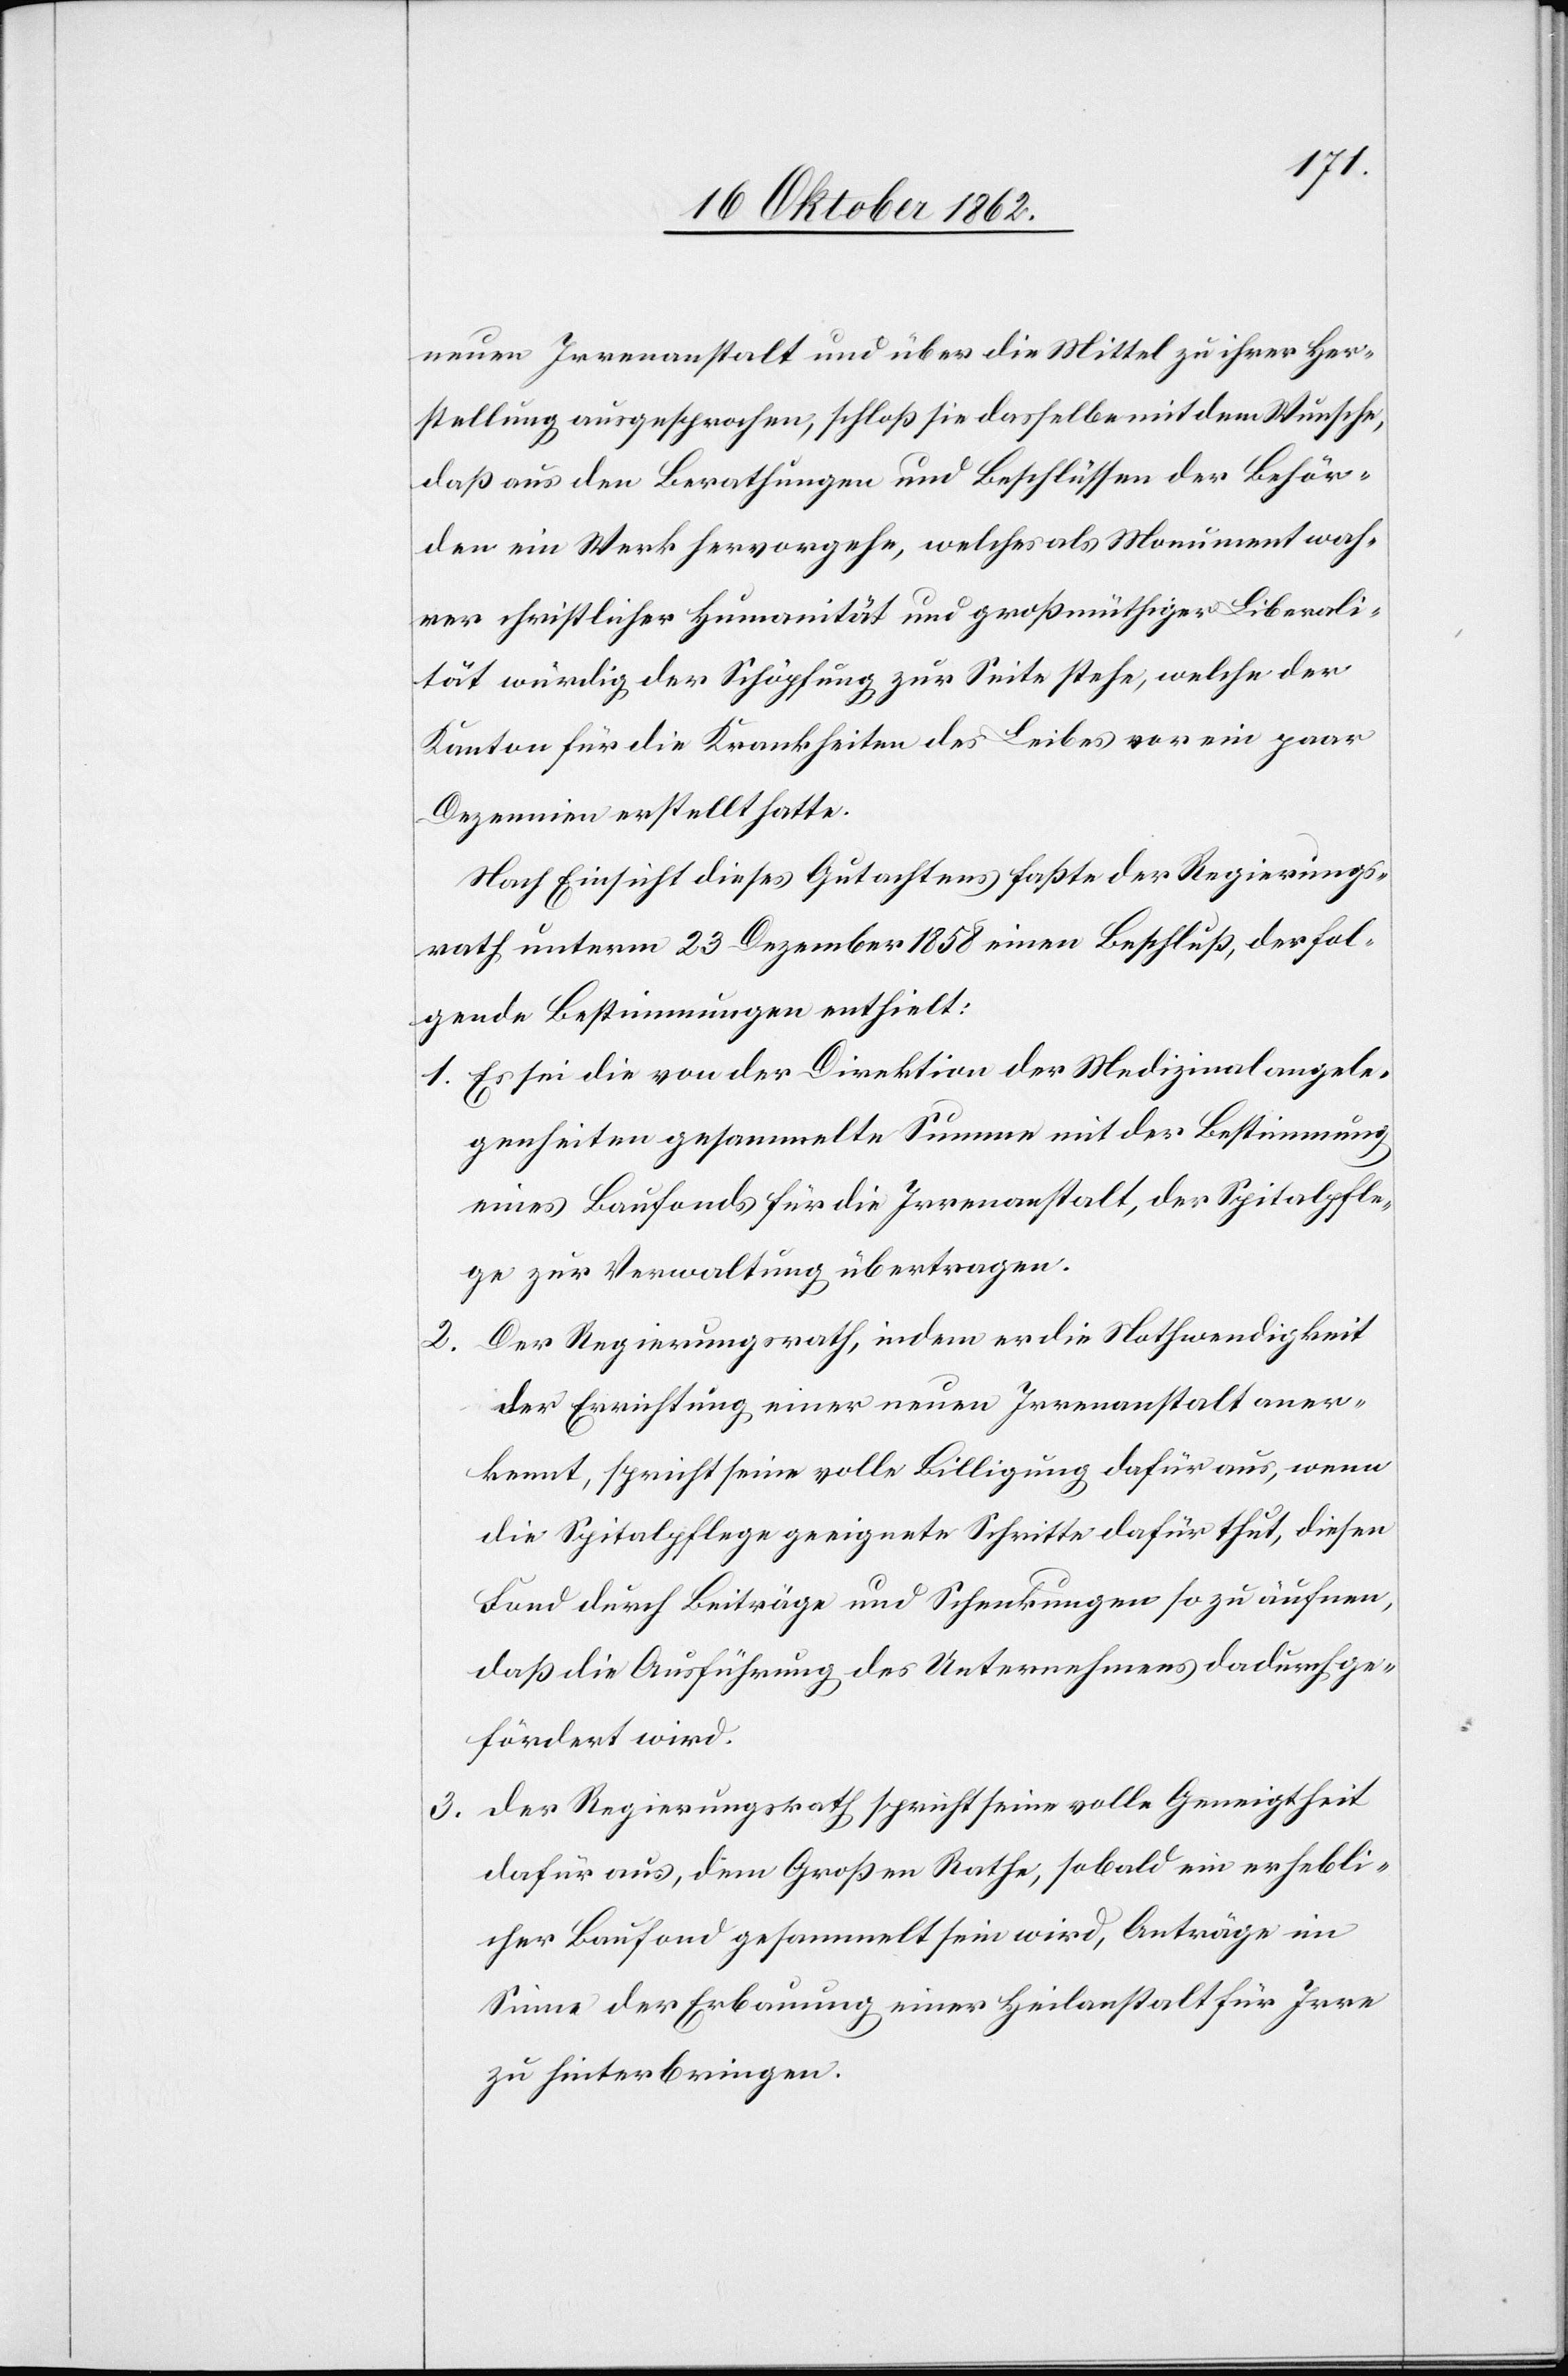
2.

neuen Irrenanstalt und über die Mittel zu ihrer Her¬
stellung ausgesprochen, schloß sie dasselbe mit dem Wunsche,
daß aus den Berathungen und Beschlüssen der Behör¬
den ein Werk hervorgehe, welches als Monument wah¬
rer schriftlicher Humanität und größmüthigen Liberali¬
tät würdig der Schöpfung zur Seite sehe, welche der
Kanton für die Krankheiten des Liebens vor ein paar
Dezennien erstellt hatte.
Nach Einsicht dieses Gutachtens faßte der Regierungs¬
rath unterm 23. Dezember 1858 einen Beschluß, der fol¬
gende Bestimmungen enthielt:
1. Es sei die von der Direktion der Medizinalangele¬
genheiten gesammelte Summe mit der Bestimmung
eines Baufonds für die Irrenanstalt, der Spitalpfle¬
ge zur Verwaltung übertragen.
Der Regierungsrath, indem er die Nothwendigkeit
der Errichtung einer neuen Irrenanstalt aner¬
kennt, spricht seine volle Billigung dafür aus, wenn
die Spitalpflege geeignete Schritte dafür thut, diesen
Fond durch Beiträge und Schenkungen so zu äufnen,
daß die Ausführung des Unternehmens dadurch ge¬
fördert wird.
3. Der Regierungsrath spricht seine volle Geneigtheit
dafür aus, dem Großen Rathe, sobald ein erhebli¬
cher Baufond gesammelt sein wird, Anträge im
Sinne der Erbauung einer Heilanstalt für Irre
zu hinterbringen.